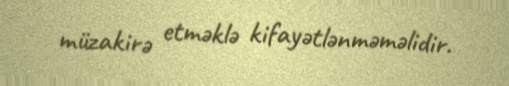
müzakirə etməklə kifayətlənməməlidir.